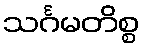
သင်္ဂမတိစ္စ